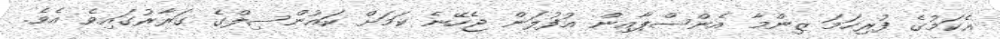
އެކަމުގެ ފުރިހަމަ ޒިންމާ އެންސްޕާއިން އުފުލަން ޖެހޭނެ ކަމަށް ކައުންސިލްގެ ގަރާރުގައިވެ އެވެ.